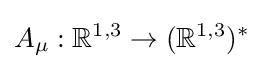
A_{\mu }:\mathbb {R} ^{1,3}\rightarrow (\mathbb {R} ^{1,3})^{*}